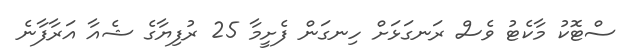
ސްޓޮކު މާކެޓު ވެސް ރަނގަޅަށް ހިނގަން ފެށީމާ 25 ރުފިޔާގެ ޝެއާ އަރާފާނެ